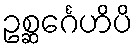
ဥစ္ဆင်္ဂေဟိပိ